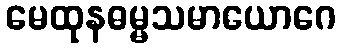
မေထုနဓမ္မသမာယောဂေ